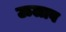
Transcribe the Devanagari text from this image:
ऊलाव